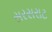
સરસરાટ